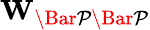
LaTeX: \mathbf{W}_{\mathcal{\Bar{P}\Bar{P}}}